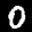
Label: 0